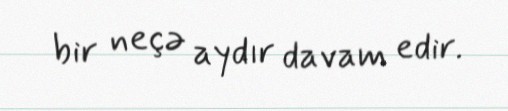
bir neçə aydır davam edir.